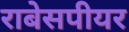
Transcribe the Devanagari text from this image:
राबेसपीयर